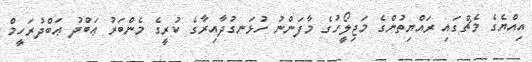
އިއްޔެގެ މެޗްގައި ރައްޔިތުންގެ މަޖިލީޯހުގެ މާފަންނު ހުޅަނގުދާއިރާގެ ކުރީގެ މެންބަރު ޢަބްދު ޢަބްދުރަހީމް